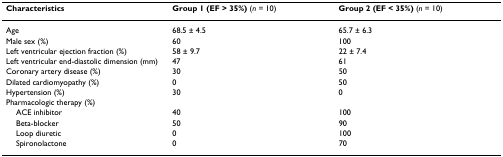
<table><thead><tr><td><b>Characteristics</b></td><td><b>Group 1 (EF &gt; 35%) (<i>n </i>= 10)</b></td><td><b>Group 2 (EF &lt; 35%) (<i>n </i>= 10)</b></td></tr></thead><tbody><tr><td>Age</td><td>68.5 ± 4.5</td><td>65.7 ± 6.3</td></tr><tr><td>Male sex (%)</td><td>60</td><td>100</td></tr><tr><td>Left ventricular ejection fraction (%)</td><td>58 ± 9.7</td><td>22 ± 7.4</td></tr><tr><td>Left ventricular end-diastolic dimension (mm)</td><td>47</td><td>61</td></tr><tr><td>Coronary artery disease (%)</td><td>30</td><td>50</td></tr><tr><td>Dilated cardiomyopathy (%)</td><td>0</td><td>50</td></tr><tr><td>Hypertension (%)</td><td>30</td><td>0</td></tr><tr><td>Pharmacologic therapy (%)</td><td></td><td></td></tr><tr><td> ACE inhibitor</td><td>40</td><td>100</td></tr><tr><td> Beta-blocker</td><td>50</td><td>90</td></tr><tr><td> Loop diuretic</td><td>0</td><td>100</td></tr><tr><td> Spironolactone</td><td>0</td><td>70</td></tr></tbody></table>